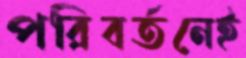
পরিবর্তনেই